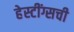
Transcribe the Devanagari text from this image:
हेस्टींग्सची